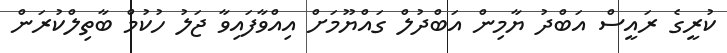
ކުރީގެ ރައީސް އަބްދު ޔާމިން އަބްދުލް ގައްޔޫމަށް އިއްވާފައިވާ ޖަލު ހުކުމް ބާތިލްކުރަން